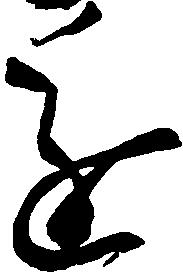
進